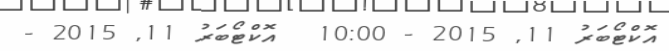
އޮކްޓޯބަރު 11